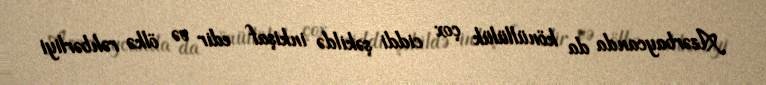
Azərbaycanda da könüllülük çox ciddi şəkildə inkişaf edir və ölkə rəhbərliyi